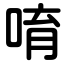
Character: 唷